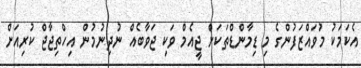
އެކަމަކު މުވައްޒަފުންގެ މި ޑިމާންޑްތަކަށް ޖީއެމް ވަކި ޖަވާބެއް ނުދިނުމުން އިހްތިޖާޖް ކުރިއަށް